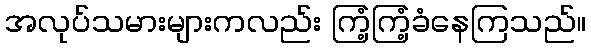
အလုပ်သမားများကလည်း ကြံ့ကြံ့ခံနေကြသည်။